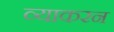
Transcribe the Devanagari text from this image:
व्याकरन